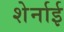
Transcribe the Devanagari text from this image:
शेर्नाई